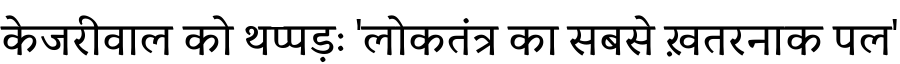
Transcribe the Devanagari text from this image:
केजरीवाल को थप्पड़ः 'लोकतंत्र का सबसे ख़तरनाक पल'